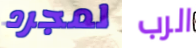
لمجرد الرب